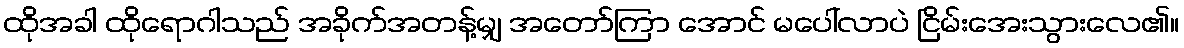
ထိုအခါ ထိုရောဂါသည် အခိုက်အတန့်မျှ အတော်ကြာ အောင် မပေါ်လာပဲ ငြိမ်းအေးသွားလေ၏။